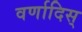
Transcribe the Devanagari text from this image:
वर्णादिस्‌